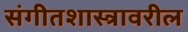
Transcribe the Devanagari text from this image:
संगीतशास्त्रावरील